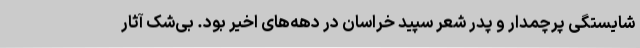
شایستگی پرچمدار و پدر شعر سپید خراسان در دهه‌های اخیر بود. بی‌شک آثار